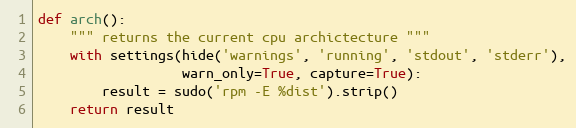
Language: Python
def arch():
    """ returns the current cpu archictecture """
    with settings(hide('warnings', 'running', 'stdout', 'stderr'),
                  warn_only=True, capture=True):
        result = sudo('rpm -E %dist').strip()
    return result